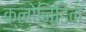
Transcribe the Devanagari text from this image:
क्लोनिडिन